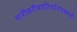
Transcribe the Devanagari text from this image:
मारीचनीचपतिपर्वतवज्रबाहोः